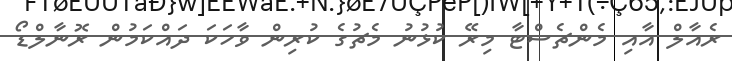
ރެއާލް އާއި މެންޗެސްޓާ މިރޭ ކުޅުނު މެޗުގެ ކުރިން ވާހަކަ ދައްކަމުން ރޮނާލްޑޯ